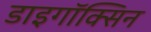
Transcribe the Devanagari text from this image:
डाइगॉक्सिन